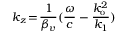
k _ { z } \! = \! \frac { 1 } { \beta _ { v } } ( \frac { \omega } { c } - \frac { k _ { \mathrm { o } } ^ { 2 } } { k _ { 1 } } )